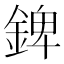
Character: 錍